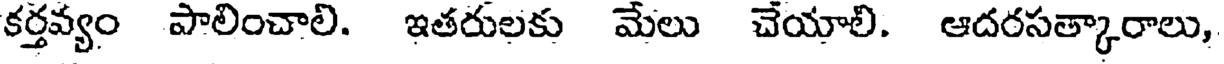
కర్తవ్యం పాలించాలి. ఇతరులకు మేలు చేయాలి. ఆదరసత్కారాలు,